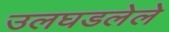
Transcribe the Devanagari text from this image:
उलघडलेले